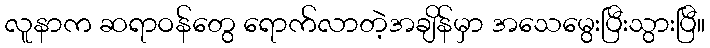
လူနာက ဆရာဝန်တွေ ရောက်လာတဲ့အချိန်မှာ အသေမွေးပြီးသွားပြီ။